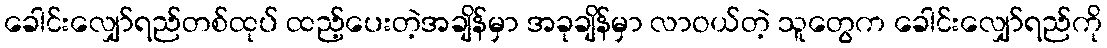
ခေါင်းလျှော်ရည်တစ်ထုပ် ထည့်ပေးတဲ့အချိန်မှာ အခုချိန်မှာ လာဝယ်တဲ့ သူတွေက ခေါင်းလျှော်ရည်ကို